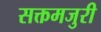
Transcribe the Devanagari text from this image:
सक्तमजुरी